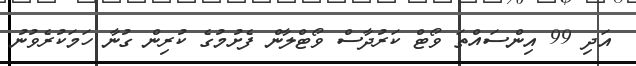
އަދި 99 އިންސައްތަ ވޯޓް ކަރުދާސް ވޯޓްލާން ފެށުމުގެ ކުރިން ގުނާ ހަމަކުރެވުނު